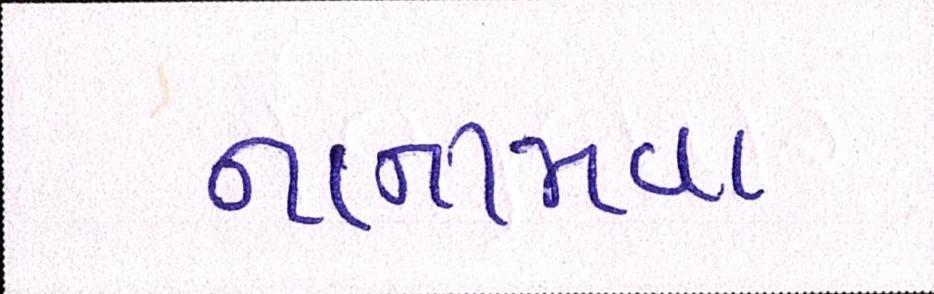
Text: નાનામવા